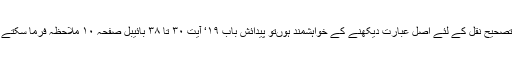
اگر تصحیح نقل کے لئے اصل عبارت دیکھنے کے خواہشمند ہوںتو پیدائش باب ۱۹‘ آیت ۳۰ تا ۳۸ بائیبل صفحہ ۱۰ ملاحظہ فرما سکتے ہیں۔